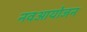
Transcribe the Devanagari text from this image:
नवआयोजन